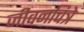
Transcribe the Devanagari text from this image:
जीवनचित्रे